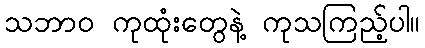
သဘာဝ ကုထုံးတွေနဲ့ ကုသကြည့်ပါ။